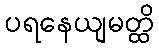
ပရနေယျမတ္ထိ